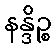
နန္ဒိဉ္စ